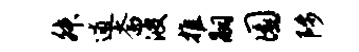
舛逋斋波推嗣圜陟